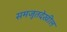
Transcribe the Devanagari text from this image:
समजूतदेखील